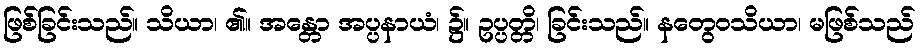
ဖြစ်ခြင်းသည်။ သိယာ၊ ၏။ အန္တော အပ္ပနာယံ၊ ၌။ ဥပ္ပတ္တိ၊ ခြင်းသည်။ နတွေဝသိယာ၊ မဖြစ်သည်